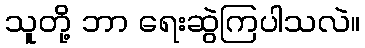
သူတို့ ဘာ ရေးဆွဲကြပါသလဲ။